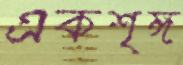
একশৃঙ্গ